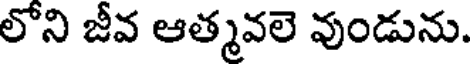
లోని జీవ ఆత్మవలె వుండును.